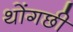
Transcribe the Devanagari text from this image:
थोंगछी